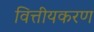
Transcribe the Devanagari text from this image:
वित्तीयकरण